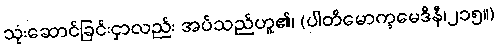
သုံးဆောင်ခြင်းငှာလည်း အပ်သည်ဟူ၏၊ (ပါတိမောက္ခမေဒိနီ၊၂၁၅။)